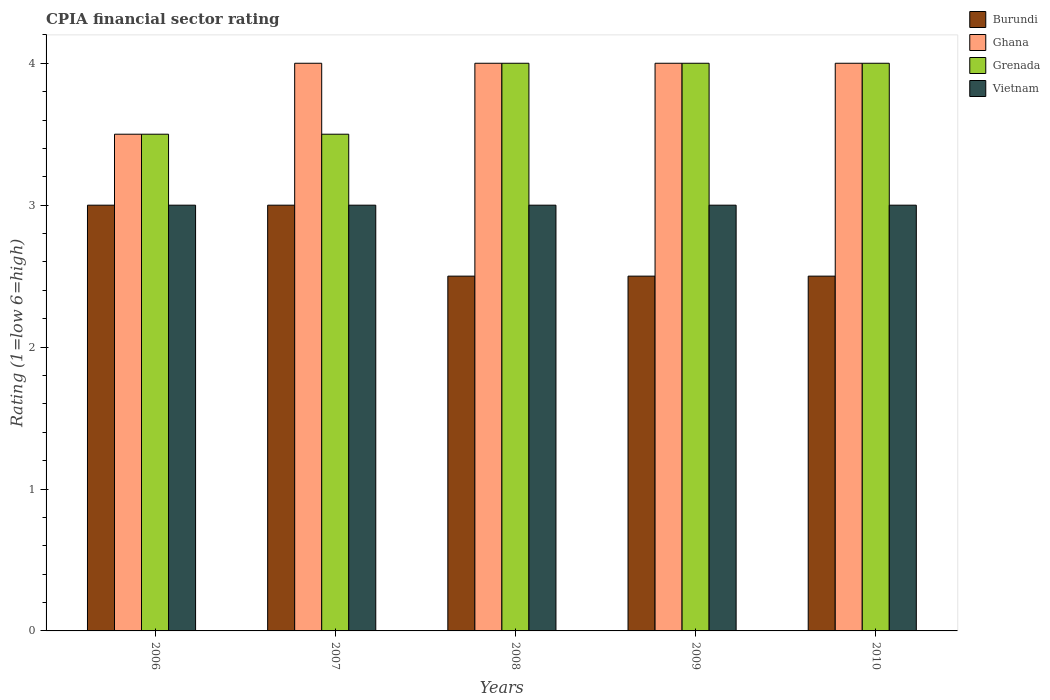
| Years | Burundi | Ghana | Grenada | Vietnam |
 | --- | --- | --- | --- | --- |
 | 2006 | 3 | 3.5 | 3.5 | 3 |
 | 2007 | 3 | 4 | 3.5 | 3 |
 | 2008 | 2.5 | 4 | 4 | 3 |
 | 2009 | 2.5 | 4 | 4 | 3 |
 | 2010 | 2.5 | 4 | 4 | 3 |